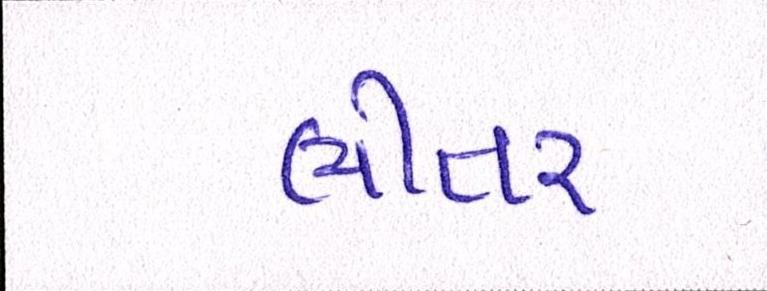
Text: ભીતર